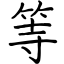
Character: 等